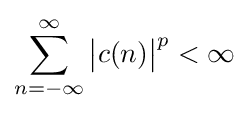
\sum _{n=-\infty }^{\infty }{\big |}c(n){\big |}^{p}<\infty